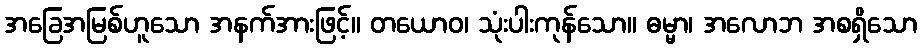
အခြေအမြစ်ဟူသော အနက်အားဖြင့်။ တယောဝ၊ သုံးပါးကုန်သော။ ဓမ္မာ၊ အလောဘ အစရှိသော